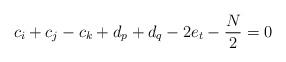
LaTeX: \begin{align*}c_i+c_j-c_k+d_p+d_q-2e_t-\frac{N}{2} = 0\end{align*}